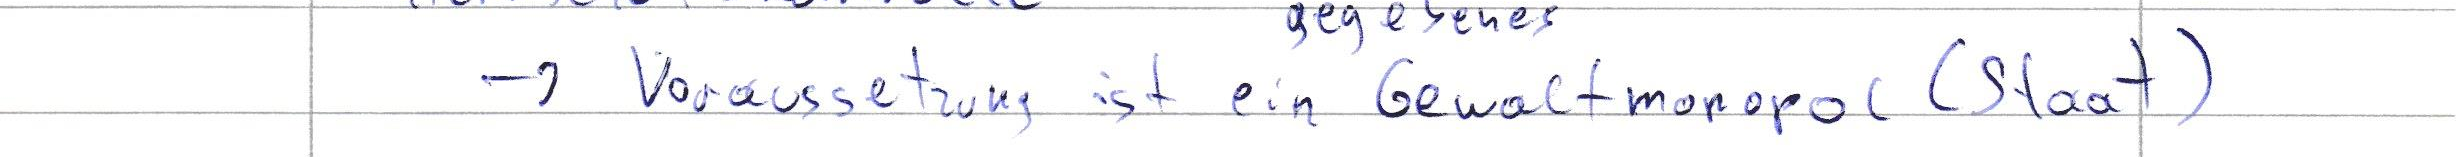
-> Voraussetzung ist ein Gewaltmonopol (Staat)